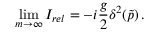
\operatorname * { l i m } _ { m \rightarrow \infty } I _ { r e l } = - i \frac { g } { 2 } \delta ^ { 2 } ( \tilde { p } ) \, .